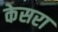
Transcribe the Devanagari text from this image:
केसरा